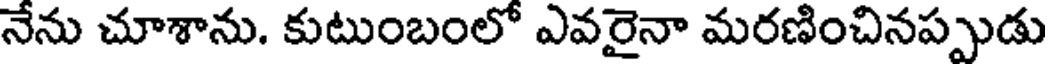
నేను చూశాను. కుటుంబంలో ఎవరైనా మరణించినప్పుడు